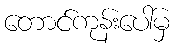
တောင်ကုန်းပေါ်မှ